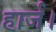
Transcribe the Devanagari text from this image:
हार्ज।